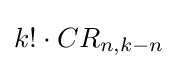
k!\cdot CR_{n,k-n}